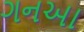
ગનઆ